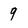
Character: 9